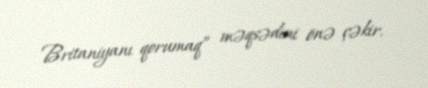
Britaniyanı qorumaq” məqsədini önə çəkir.